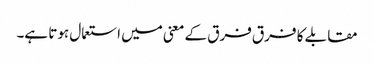
مقابلے کا فرق فرق کے معنی میں استعمال ہوتا ہے۔